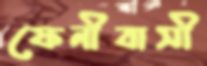
ফেনীবাসী